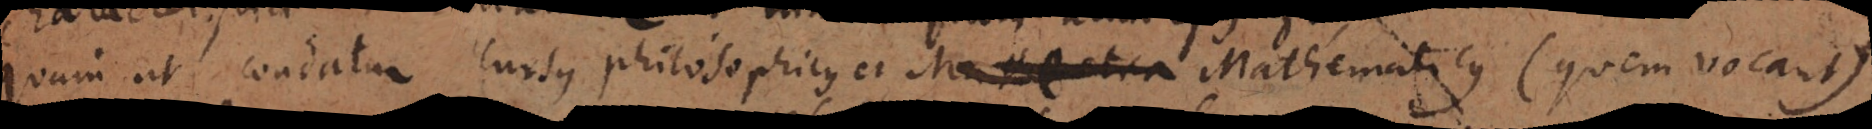
quam ut condatur cursus philosophicus et Mathematicua Mathematicus (quem vocant)